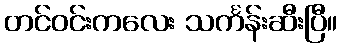
တင်ဝင်းကလေး သင်္ကန်းဆီးပြီ။